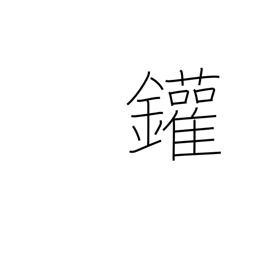
Meaning: steam boiler